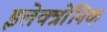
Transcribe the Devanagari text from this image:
इलेक्त्रोंनिक